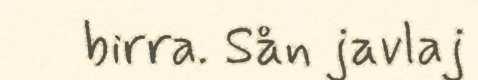
birra. Sån javlaj